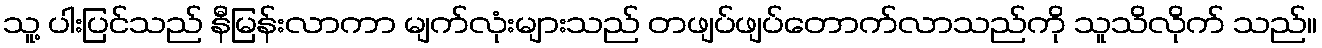
သူ့ ပါးပြင်သည် နီမြန်းလာကာ မျက်လုံးများသည် တဖျပ်ဖျပ်တောက်လာသည်ကို သူသိလိုက် သည်။